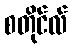
စတိုင်လ်